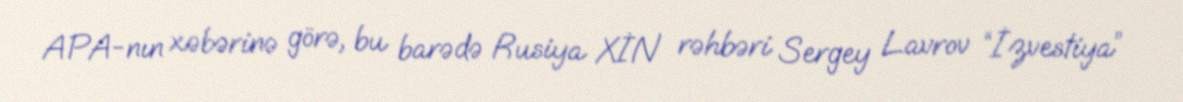
APA-nın xəbərinə görə, bu barədə Rusiya XİN rəhbəri Sergey Lavrov “İzvestiya”